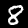
Digit: 8